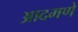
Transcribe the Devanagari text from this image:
आदमणे